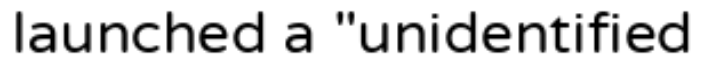
launched a "unidentified